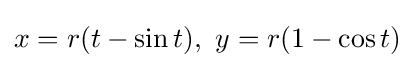
{\textstyle x=r(t-\sin t),\ y=r(1-\cos t)}